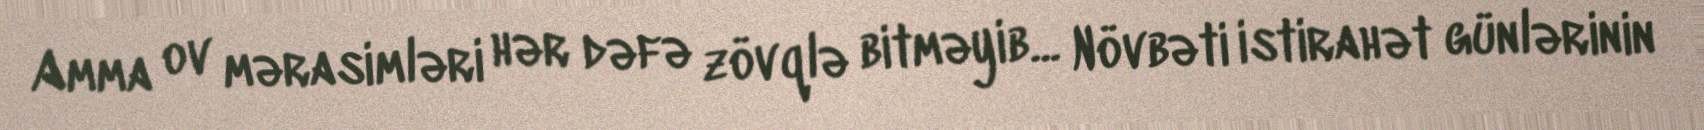
Amma ov mərasimləri hər dəfə zövqlə bitməyib... Növbəti istirahət günlərinin